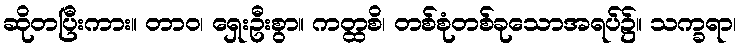
ဆိုတပြီးကား။ တာဝ၊ ရှေးဦးစွာ။ ကတ္ထစိ၊ တစ်စုံတစ်ခုသောအရပ်၌။ သက္ခရာ၊